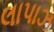
લાપાઝ